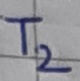
Text: T2